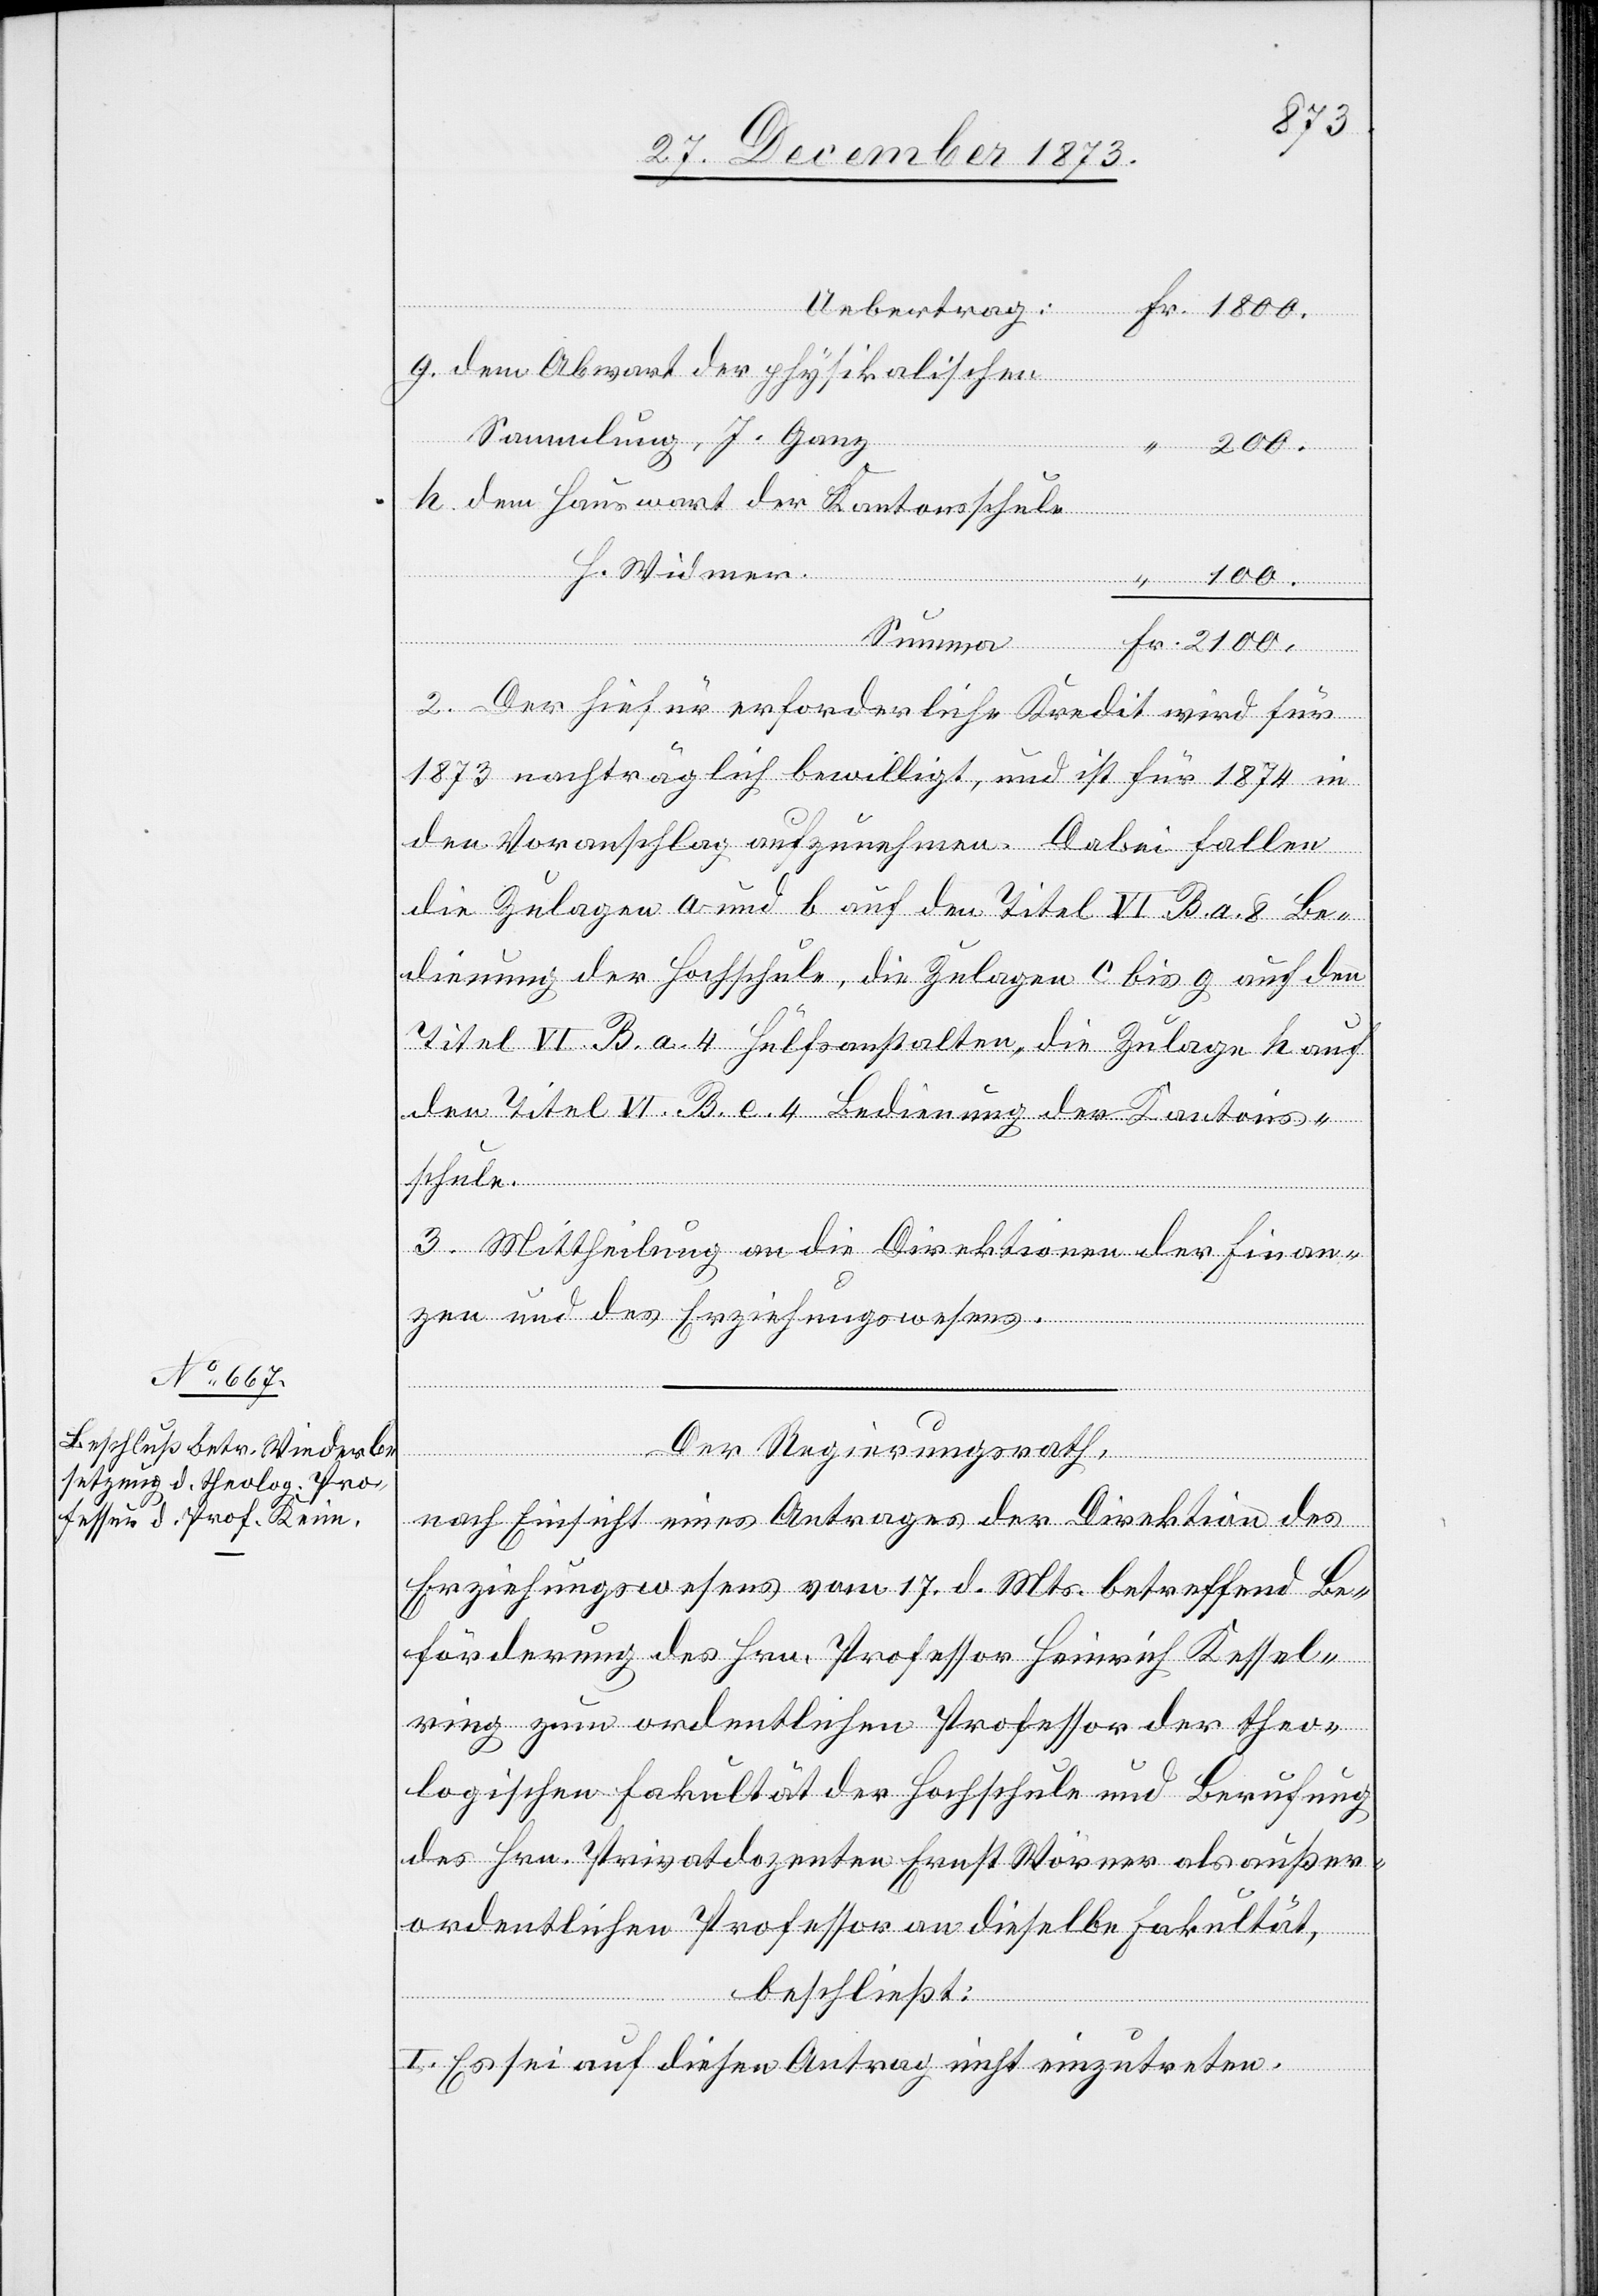
dem Abwart der physikalischen
Sammlung, J. Ganz
2 100.
dem Hauswart der Kantonsschule
H. Widmer
Uebert¬
Summa
2. Der hiefür erforderliche Kredit wird für
1873 nachträglich bewilligt, und ist für 1874 in
den Voranschlag aufzunehmen. Dabei fallen
die Zulagen a und b auf den Titel VI. B. a. 8 Be¬
dienung der Hochschule, die Zulagen c bis g auf den
Titel VI. B. a. 4 Hülfsanstalten, die Zulage h auf
den Titel VI. B. e. 4 Bedienung der Kantons¬
schule.
3. Mittheilung an die Direktion der Finan¬
zen und des Erziehungswesens.
“
Der Regierungsrath,
nach Einsicht eines Antrages der Direktion des
Erziehungswesens vom 17. d. Mts. betreffend Be¬
förderung des Hrn. Professor Heinrich Kessel¬
ring zum ordentlichen Professor der theo¬
logischen Fakultät der Hochschule und Berufung
des Hrn. Privatdozenten Ernst Wörner als außer¬
ordentlichen Professor an dieselbe Fakultät,
beschließt:
Fr.
I. Es sei auf diesen Antrag nicht einzutreten.